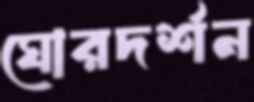
ঘোরদর্শন